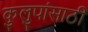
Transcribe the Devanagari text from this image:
कुलुपांसाठी